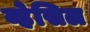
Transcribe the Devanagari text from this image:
व्हेसिल